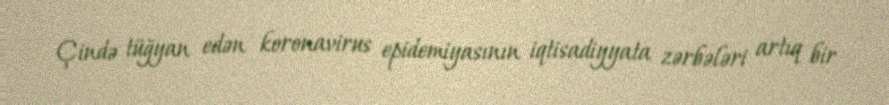
Çində tüğyan edən koronavirus epidemiyasının iqtisadiyyata zərbələri artıq bir